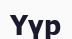
Үүр